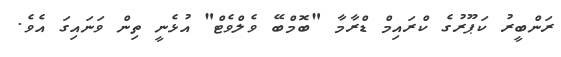
ރަންބީރު ކަޕޫރުގެ ކްރައިމް ޑްރާމާ "ބޮމްބޭ ވެލްވެޓް" އުޅެނީ ތިން ވަނައިގަ އެވެ.